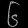
Digit: ၆